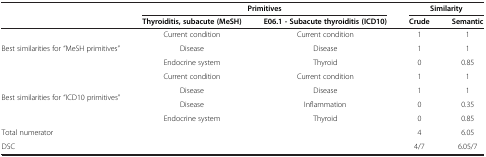
<table><thead><tr><td><b> </b></td><td colspan="2"><b>Primitives</b></td><td colspan="2"><b>Similarity</b></td></tr><tr><td><b> </b></td><td><b>Thyroiditis, subacute (MeSH)</b></td><td><b>E06.1 - Subacute thyroiditis (ICD10)</b></td><td><b>Crude</b></td><td><b>Semantic</b></td></tr></thead><tbody><tr><td rowspan="3">Best similarities for “MeSH primitives”</td><td>Current condition</td><td>Current condition</td><td>1</td><td>1</td></tr><tr><td>Disease</td><td>Disease</td><td>1</td><td>1</td></tr><tr><td>Endocrine system</td><td>Thyroid</td><td>0</td><td>0.85</td></tr><tr><td rowspan="4">Best similarities for “ICD10 primitives”</td><td>Current condition</td><td>Current condition</td><td>1</td><td>1</td></tr><tr><td>Disease</td><td>Disease</td><td>1</td><td>1</td></tr><tr><td>Disease</td><td>Inflammation</td><td>0</td><td>0.35</td></tr><tr><td>Endocrine system</td><td>Thyroid</td><td>0</td><td>0.85</td></tr><tr><td colspan="3">Total numerator</td><td>4</td><td>6.05</td></tr><tr><td colspan="3">DSC</td><td>4/7</td><td>6.05/7</td></tr></tbody></table>